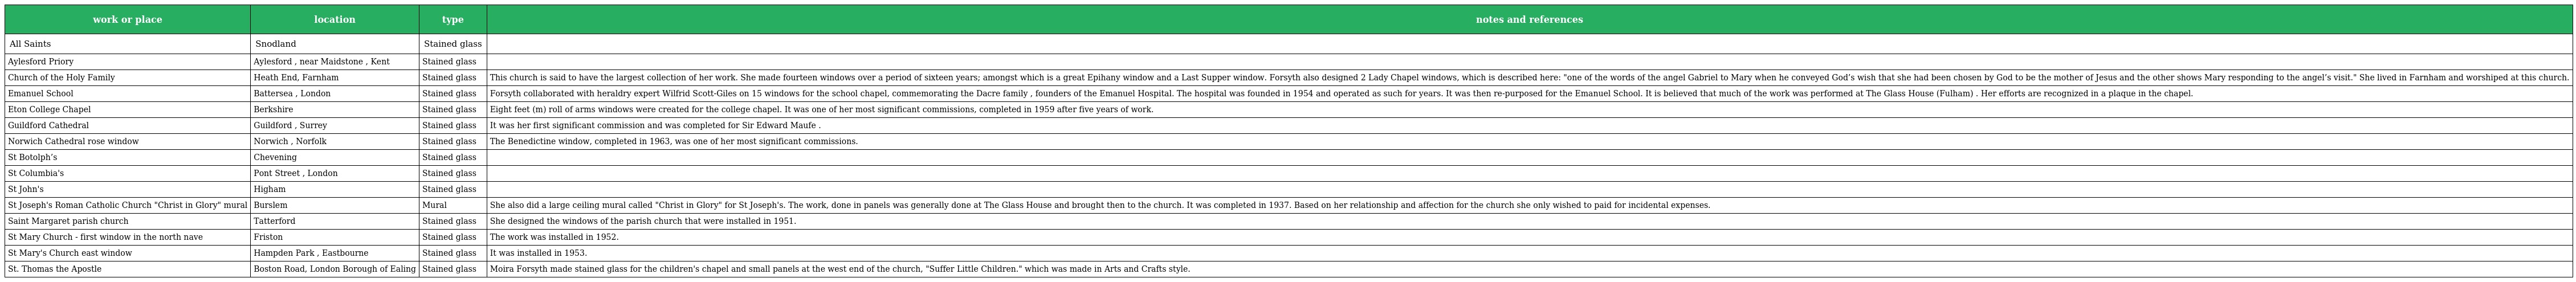
| work or place | location | type | notes and references |
 | --- | --- | --- | --- |
 | All Saints | Snodland | Stained glass |  |
 | Aylesford Priory | Aylesford , near Maidstone , Kent | Stained glass |  |
 | Church of the Holy Family | Heath End, Farnham | Stained glass | This church is said to have the largest collection of her work. She made fourteen windows over a period of sixteen years; amongst which is a great Epihany window and a Last Supper window. Forsyth also designed 2 Lady Chapel windows, which is described here: "one of the words of the angel Gabriel to Mary when he conveyed God’s wish that she had been chosen by God to be the mother of Jesus and the other shows Mary responding to the angel’s visit." She lived in Farnham and worshiped at this church. |
 | Emanuel School | Battersea , London | Stained glass | Forsyth collaborated with heraldry expert Wilfrid Scott-Giles on 15 windows for the school chapel, commemorating the Dacre family , founders of the Emanuel Hospital. The hospital was founded in 1954 and operated as such for years. It was then re-purposed for the Emanuel School. It is believed that much of the work was performed at The Glass House (Fulham) . Her efforts are recognized in a plaque in the chapel. |
 | Eton College Chapel | Berkshire | Stained glass | Eight feet (m) roll of arms windows were created for the college chapel. It was one of her most significant commissions, completed in 1959 after five years of work. |
 | Guildford Cathedral | Guildford , Surrey | Stained glass | It was her first significant commission and was completed for Sir Edward Maufe . |
 | Norwich Cathedral rose window | Norwich , Norfolk | Stained glass | The Benedictine window, completed in 1963, was one of her most significant commissions. |
 | St Botolph’s | Chevening | Stained glass |  |
 | St Columbia's | Pont Street , London | Stained glass |  |
 | St John's | Higham | Stained glass |  |
 | St Joseph's Roman Catholic Church "Christ in Glory" mural | Burslem | Mural | She also did a large ceiling mural called "Christ in Glory" for St Joseph's. The work, done in panels was generally done at The Glass House and brought then to the church. It was completed in 1937. Based on her relationship and affection for the church she only wished to paid for incidental expenses. |
 | Saint Margaret parish church | Tatterford | Stained glass | She designed the windows of the parish church that were installed in 1951. |
 | St Mary Church - first window in the north nave | Friston | Stained glass | The work was installed in 1952. |
 | St Mary's Church east window | Hampden Park , Eastbourne | Stained glass | It was installed in 1953. |
 | St. Thomas the Apostle | Boston Road, London Borough of Ealing | Stained glass | Moira Forsyth made stained glass for the children's chapel and small panels at the west end of the church, "Suffer Little Children." which was made in Arts and Crafts style. |